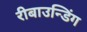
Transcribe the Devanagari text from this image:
रीबाउन्डिंग